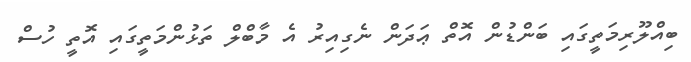
ބިއްލޫރިމަތީގައި ބަންޑުން އޮތް ޢަދަން ނެގިއިރު އެ މާބްލް ތަޅުންމަތީގައި އޮތީ ހުސް